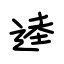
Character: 逵